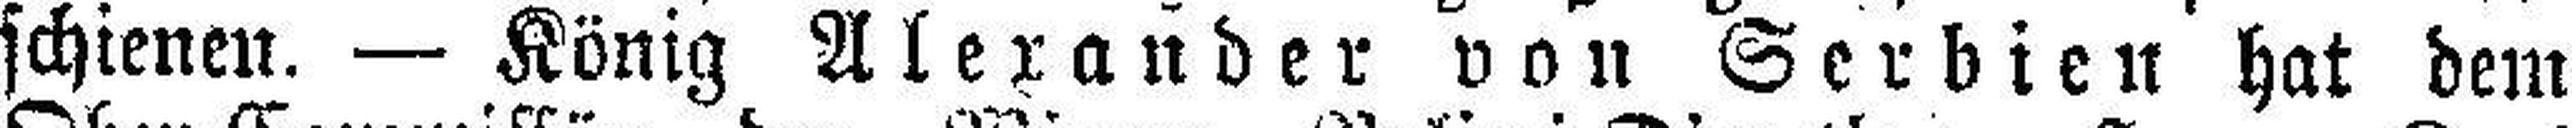
schienen. — König Alexander von Serbien hat dem